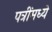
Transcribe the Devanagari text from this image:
पत्रींमध्ये